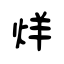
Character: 烊